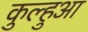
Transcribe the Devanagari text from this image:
कुल्हुआ